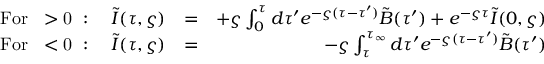
\begin{array} { r l r } { \mathrm { F o r ~ \varsigma > 0 ~ } : \quad \tilde { I } ( \tau , \varsigma ) } & { = } & { + \varsigma \int _ { 0 } ^ { \tau } d \tau ^ { \prime } e ^ { - \varsigma ( \tau - \tau ^ { \prime } ) } \tilde { B } ( \tau ^ { \prime } ) + e ^ { - \varsigma \tau } \tilde { I } ( 0 , \varsigma ) } \\ { \mathrm { F o r ~ \varsigma < 0 ~ } : \quad \tilde { I } ( \tau , \varsigma ) } & { = } & { - \varsigma \int _ { \tau } ^ { \tau _ { \infty } } d \tau ^ { \prime } e ^ { - \varsigma ( \tau - \tau ^ { \prime } ) } \tilde { B } ( \tau ^ { \prime } ) } \end{array}